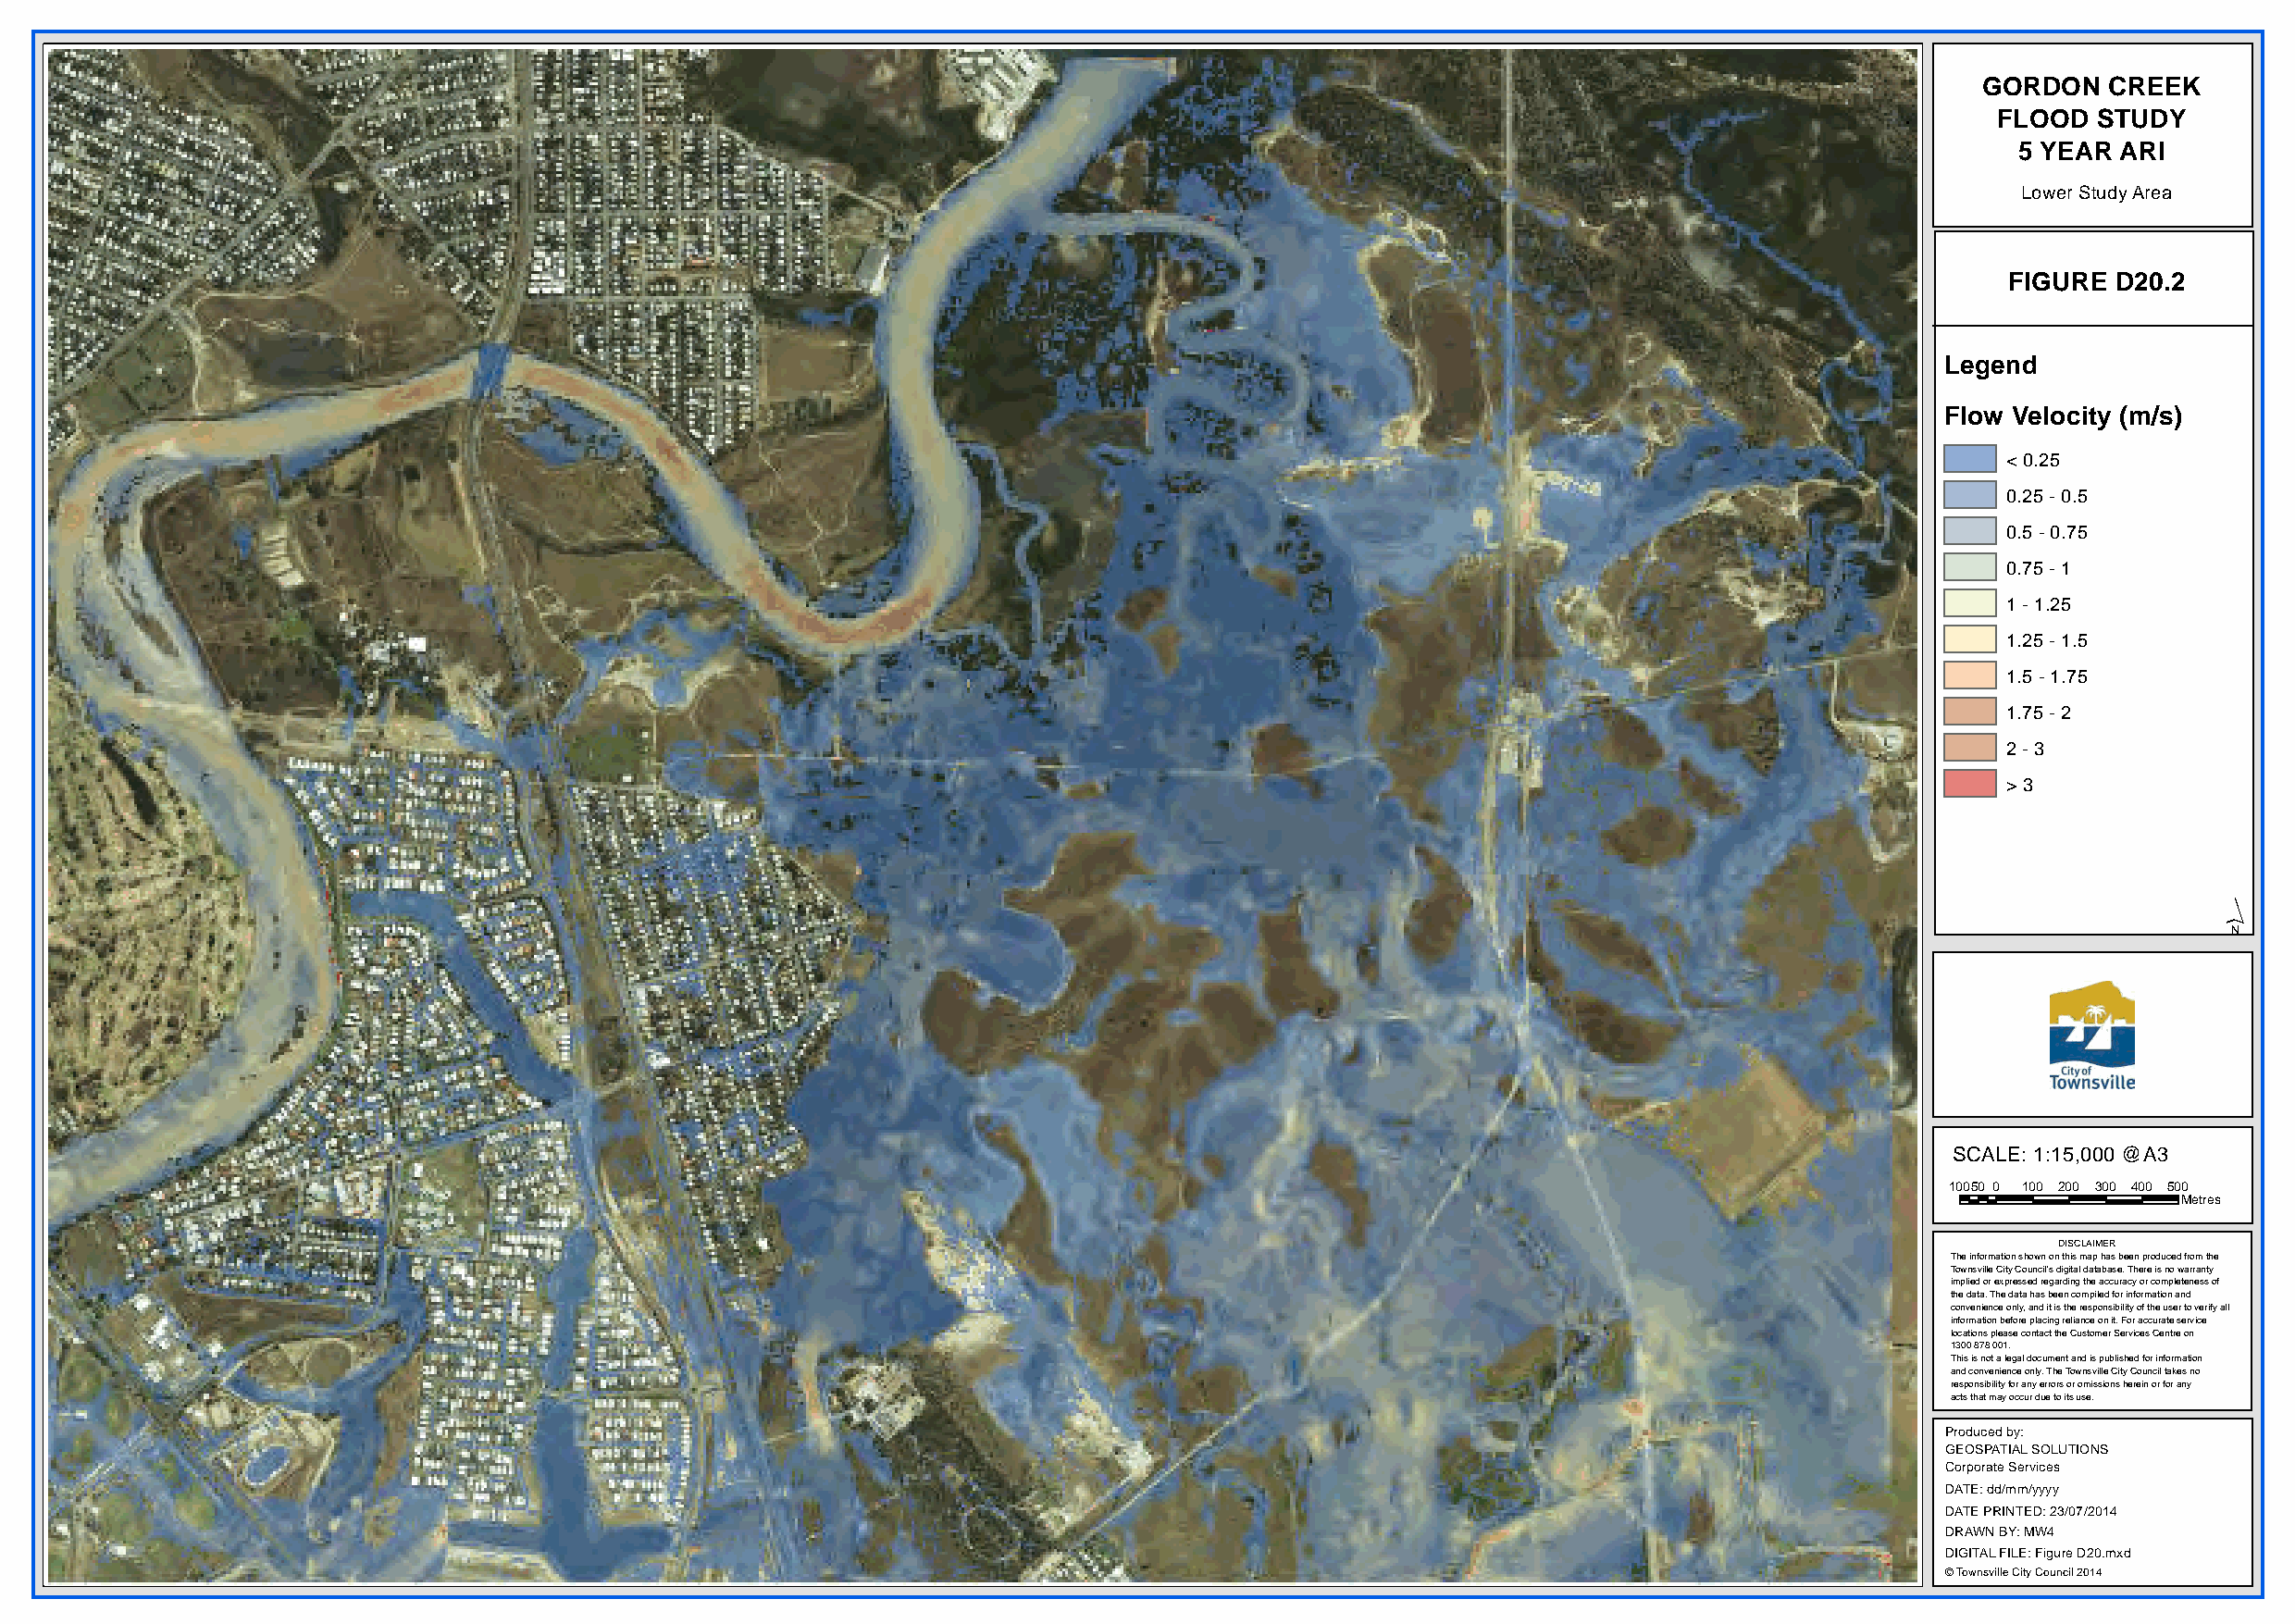
GORDON   CREEK
 FLOOD  STUDY
 5 YEAR  ARI
 Lower Study Area
 FIGURE D20.2
 Legend
 Flow Velocity (m/s)
 < 0.25
 0.25 - 0.5
 0.5 - 0.75
 0.75 - 1
 1 - 1.25
 1.25 - 1.5
 1.5 - 1.75
 1.75 - 2
 2 - 3
 > 3
 ´
 SCALE: 1:15,000 @A3
 10050 0 100 200 300 400 500
 Metres
 DISCLAIMER
 The information shown on this map has been produced from the
 Townsville City Council's digital database. There is no warranty
 implied or expressed regarding the accuracy or completeness of
 the data. The data has been compiled for information and
 convenience only, and it is the responsibility of the user to verify all
 information before placing reliance on it. For accurate service
 locations please contact the Customer Services Centre on
 1300 878 001.
 This is not a legal document and is published for information
 and convenience only. The Townsville City Council takes no
 responsibility for any errors or omissions herein or for any
 acts that may occur due to its use.
 Produced by:
 GEOSPATIAL SOLUTIONS
 Corporate Services
 DATE: dd/mm/yyyy
 DATE PRINTED: 23/07/2014
 DRAWN BY: MW4
 DIGITAL FILE: Figure D20.mxd
 © Townsville City Council 2014